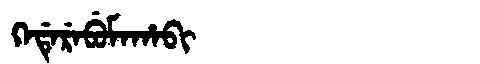
Manchu: ᡴᡝᡩᡝᡵᡝᠪᡠᠮᠠᡥᠠᠪᡳ
Romanization: KEDEREBUMAHABI